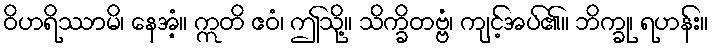
ဝိဟရိဿာမိ၊ နေအံ့။ ဣတိ ဧဝံ၊ ဤသို့။ သိက္ခိတဗ္ဗံ၊ ကျင့်အပ်၏။ ဘိက္ခု၊ ရဟန်း။